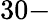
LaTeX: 30-